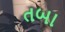
તબા